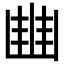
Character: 𠁳